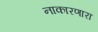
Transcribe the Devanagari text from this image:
नाकारणारा